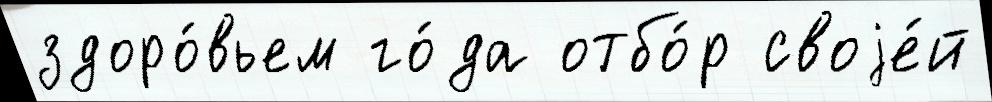
здоро́вьем го́да отбо́р своjе́й